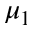
\mu _ { 1 }